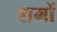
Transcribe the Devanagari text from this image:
शमों